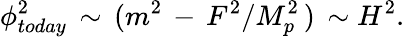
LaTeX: \phi_{today}^{2}\, \sim\, (m^{2}\, -\, F^{2}/M_{p}^{2}\, )\, \sim H^{2}.